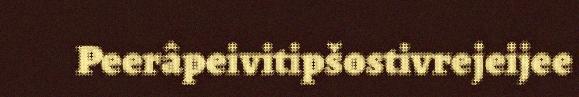
Peerâpeivitipšostivrejeijee